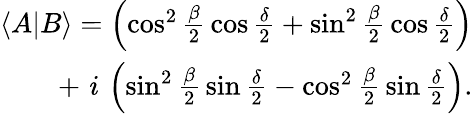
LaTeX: \begin{array}{r}{\langle A|B\rangle=\left(\cos^{2}{\frac{\beta}{2}}\cos{\frac{\delta}{2}}+\sin^{2}{\frac{\beta}{2}}\cos{\frac{\delta}{2}}\right)}\\ {+\, \, i\, \left(\sin^{2}{\frac{\beta}{2}}\sin{\frac{\delta}{2}}-\cos^{2}{\frac{\beta}{2}}\sin{\frac{\delta}{2}}\right).}\end{array}